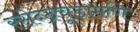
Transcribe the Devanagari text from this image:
रसेन्द्रचूड़ामणि